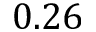
0 . 2 6